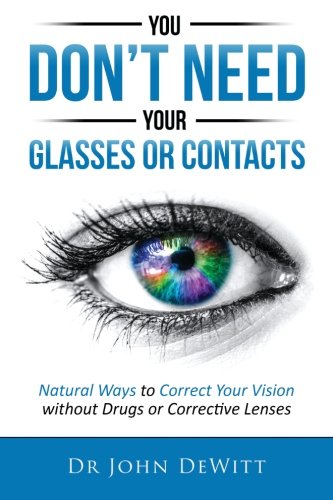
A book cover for You Don't Need Your Glasses or Contacts: Natural Ways to Correct Your Vision Without Drugs or Corrective Lenses; Dr. John DeWitt; Medical Books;